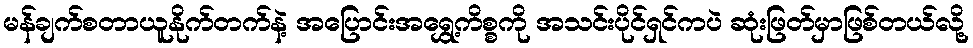
မန်ချက်စတာယူနိုက်တက်နဲ့ အပြောင်းအရွှေ့ကိစ္စကို အသင်းပိုင်ရှင်ကပဲ ဆုံးဖြတ်မှာဖြစ်တယ်လို့